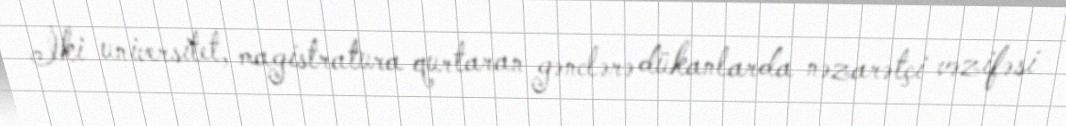
İki universitet, magistratura qurtaran gənclərə dükanlarda nəzarətçi vəzifəsi